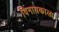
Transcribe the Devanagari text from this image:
विनायकाला